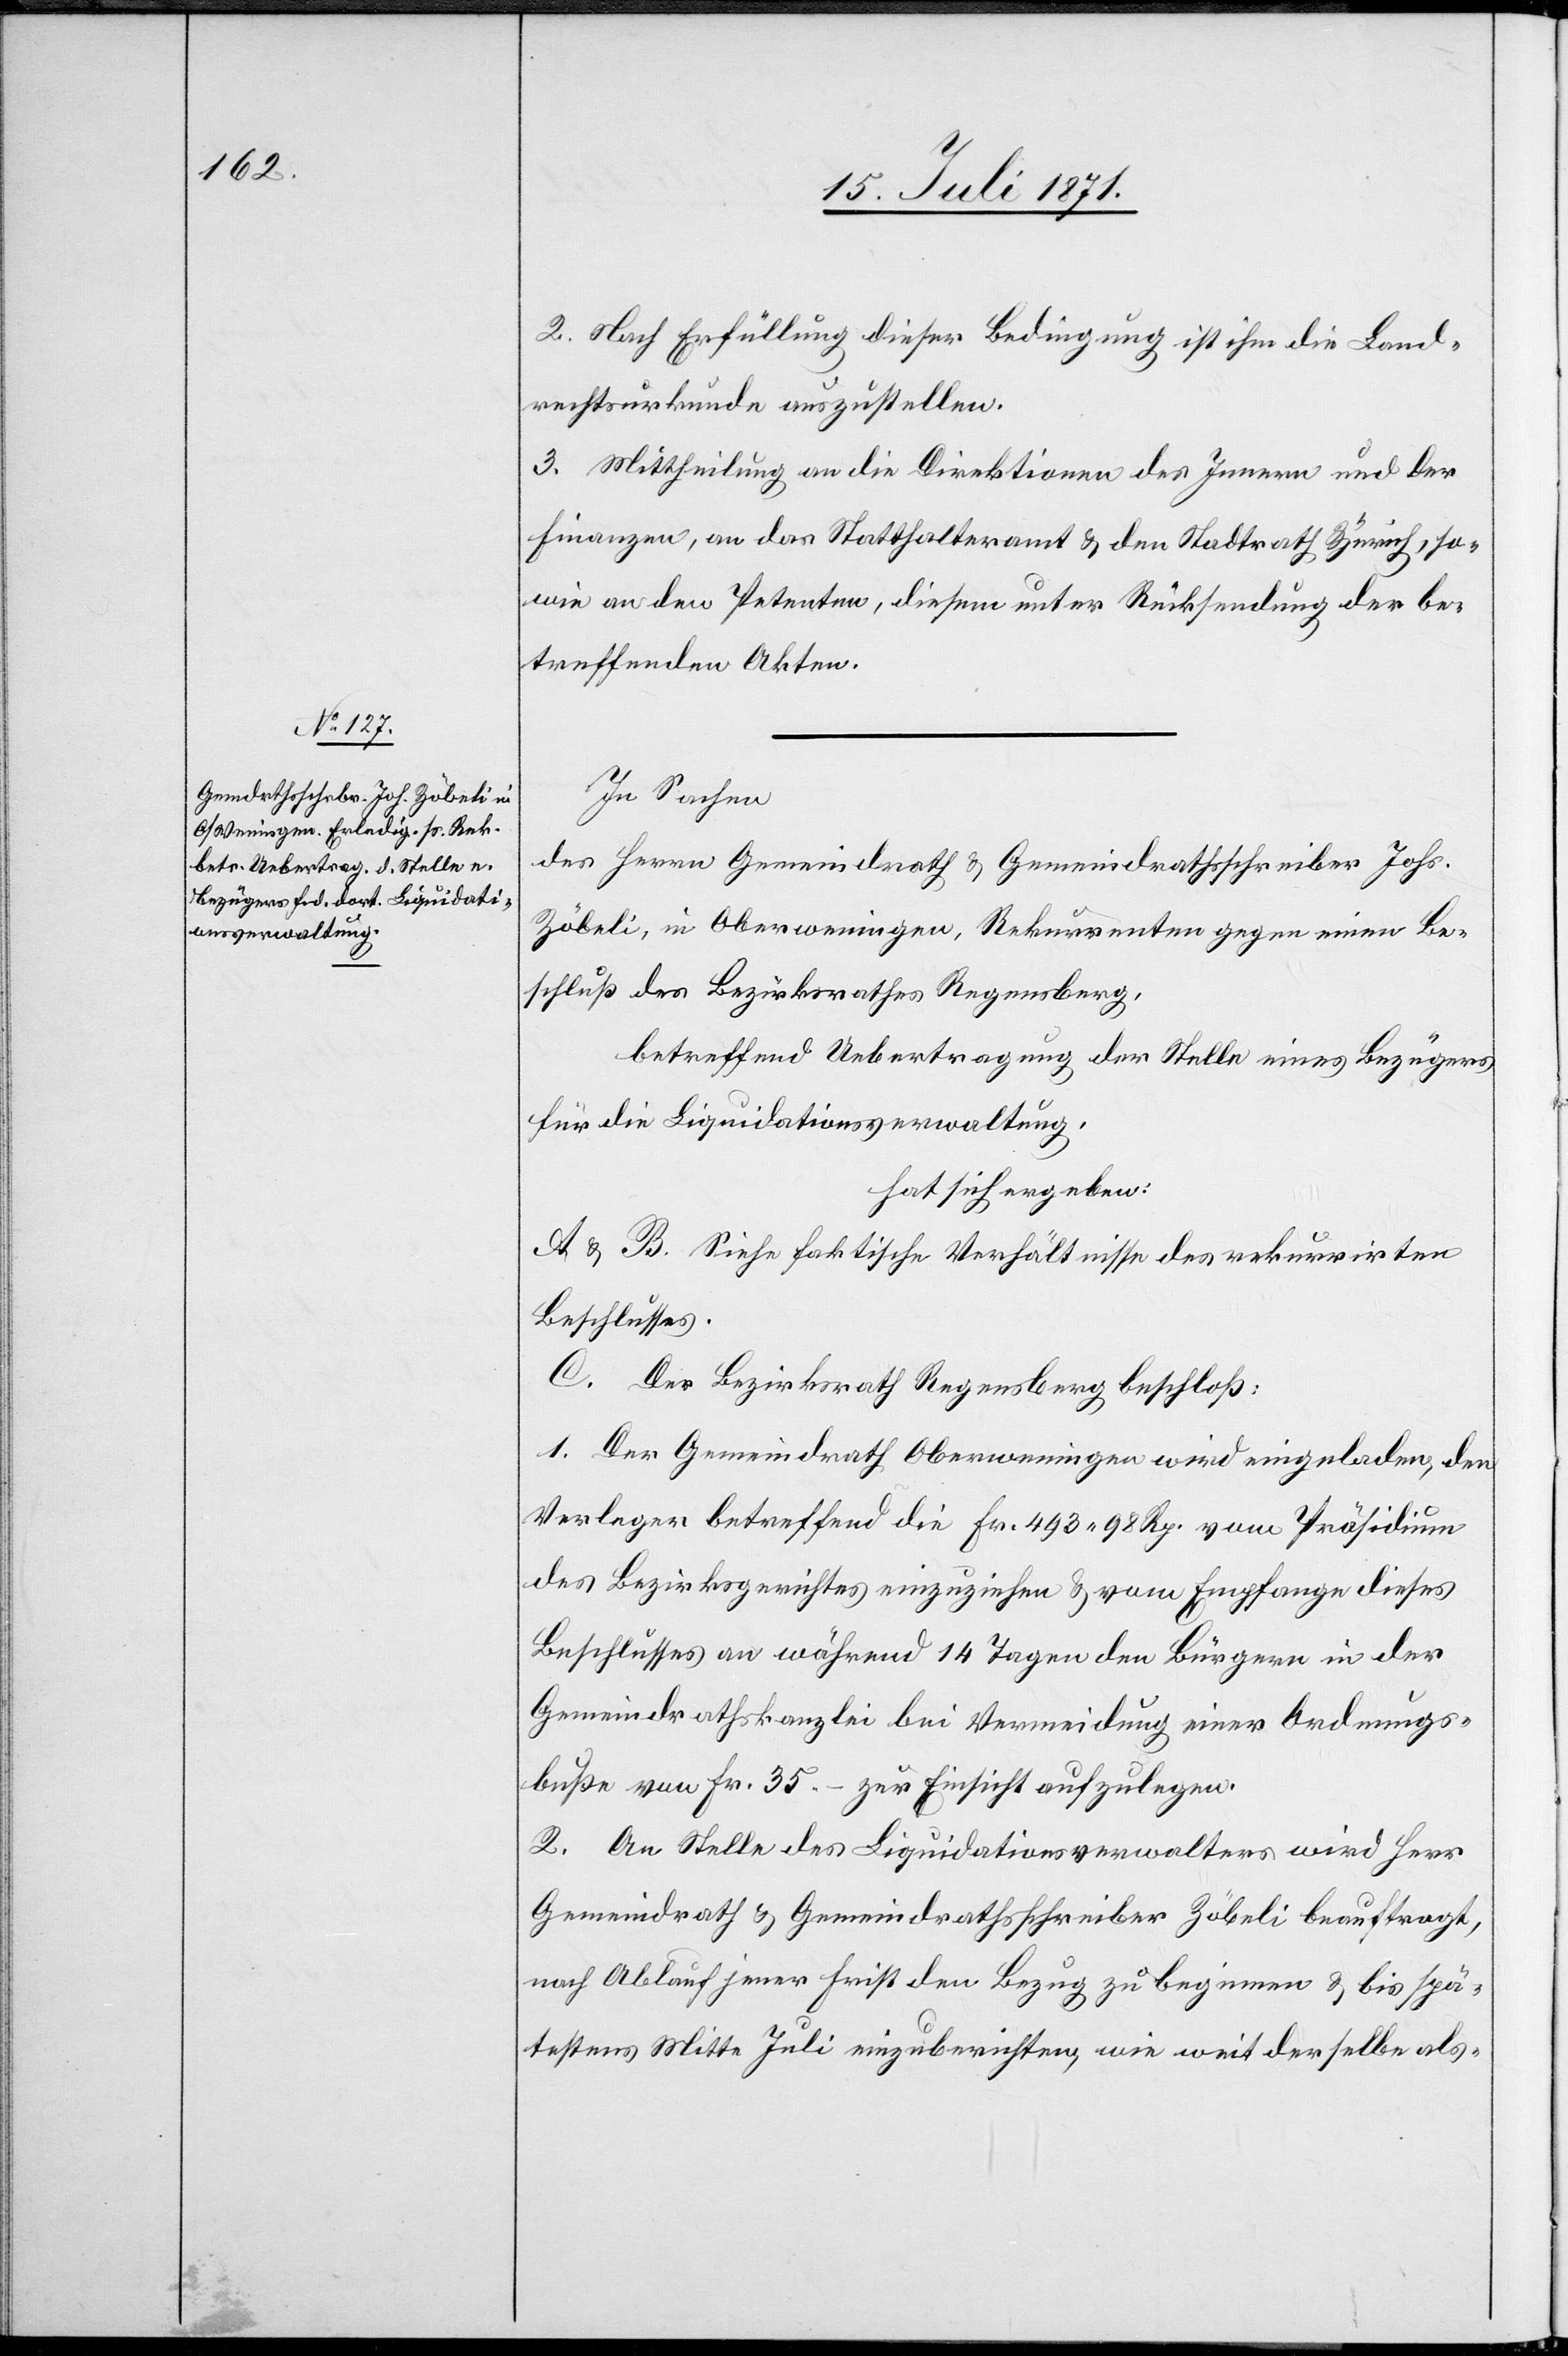
2. Nach Erfüllung dieser Bedingung ist ihm die Land¬
rechtsurkunde auszustellen.
3. Mittheilung an die Direktion des Innern und der
Finanzen, an das Statthalteramt u. den Stadtrath Zürich, so¬
wie an den Petenten, diesem unter Rücksendung der be¬
treffenden Akten.
In Sachen
des Herrn Gemeindrath u. Gemeindrathsschreiber Johs.
Zöbeli, in Oberweningen, Rekurrenten gegen einen Be¬
schluß des Bezirksrathes Regensberg,
betreffend Uebertragung der Stelle eines Bezügers
für die Liquidationsverwaltung.
hat sich ergeben:
A u. B. Siehe die faktische Verhältnisse des rekurrirten
Beschlusses.
C. Der Bezirksrath Regensberg beschloß:
1. Der Gemeindrath Oberweningen wird eingeladen, den
Verleger betreffend die Fr. 493.98 Rp. vom Präsidium
des Bezirksgerichtes einzuziehen u. vom Empfange dieses
Beschlusses an während 14 Tagen den Bürgern in der
Gemeindrathskanzlei bei Vermeidung einer Ordnungs¬
buße von Fr. 35.– zur Einsicht aufzulegen.
2. An Stelle des Liquidationsverwalters wird Herr
Gemeindrath u. Gemeindrathsschreiber Zöbeli beauftragt,
nach Ablauf jener Frist den Bezug zu beginnen u. bis spä¬
testens Mitte Juli einzuberichten, wie weit derselbe als-